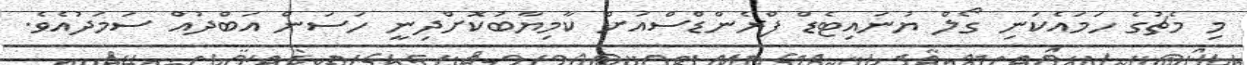
މި މެޗުގެ ހަމައެކަނި ގޯލް ޔުނައިޓެޑް ފްރެންޑްސްއަށް ކާމިޔާބުކޮށްދިނީ ހަސަން އަބްދުއް ސަމަދުއެވެ.